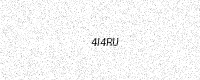
Text: 4I4RU